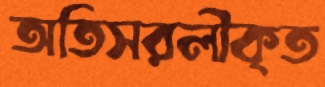
অতিসরলীকৃত